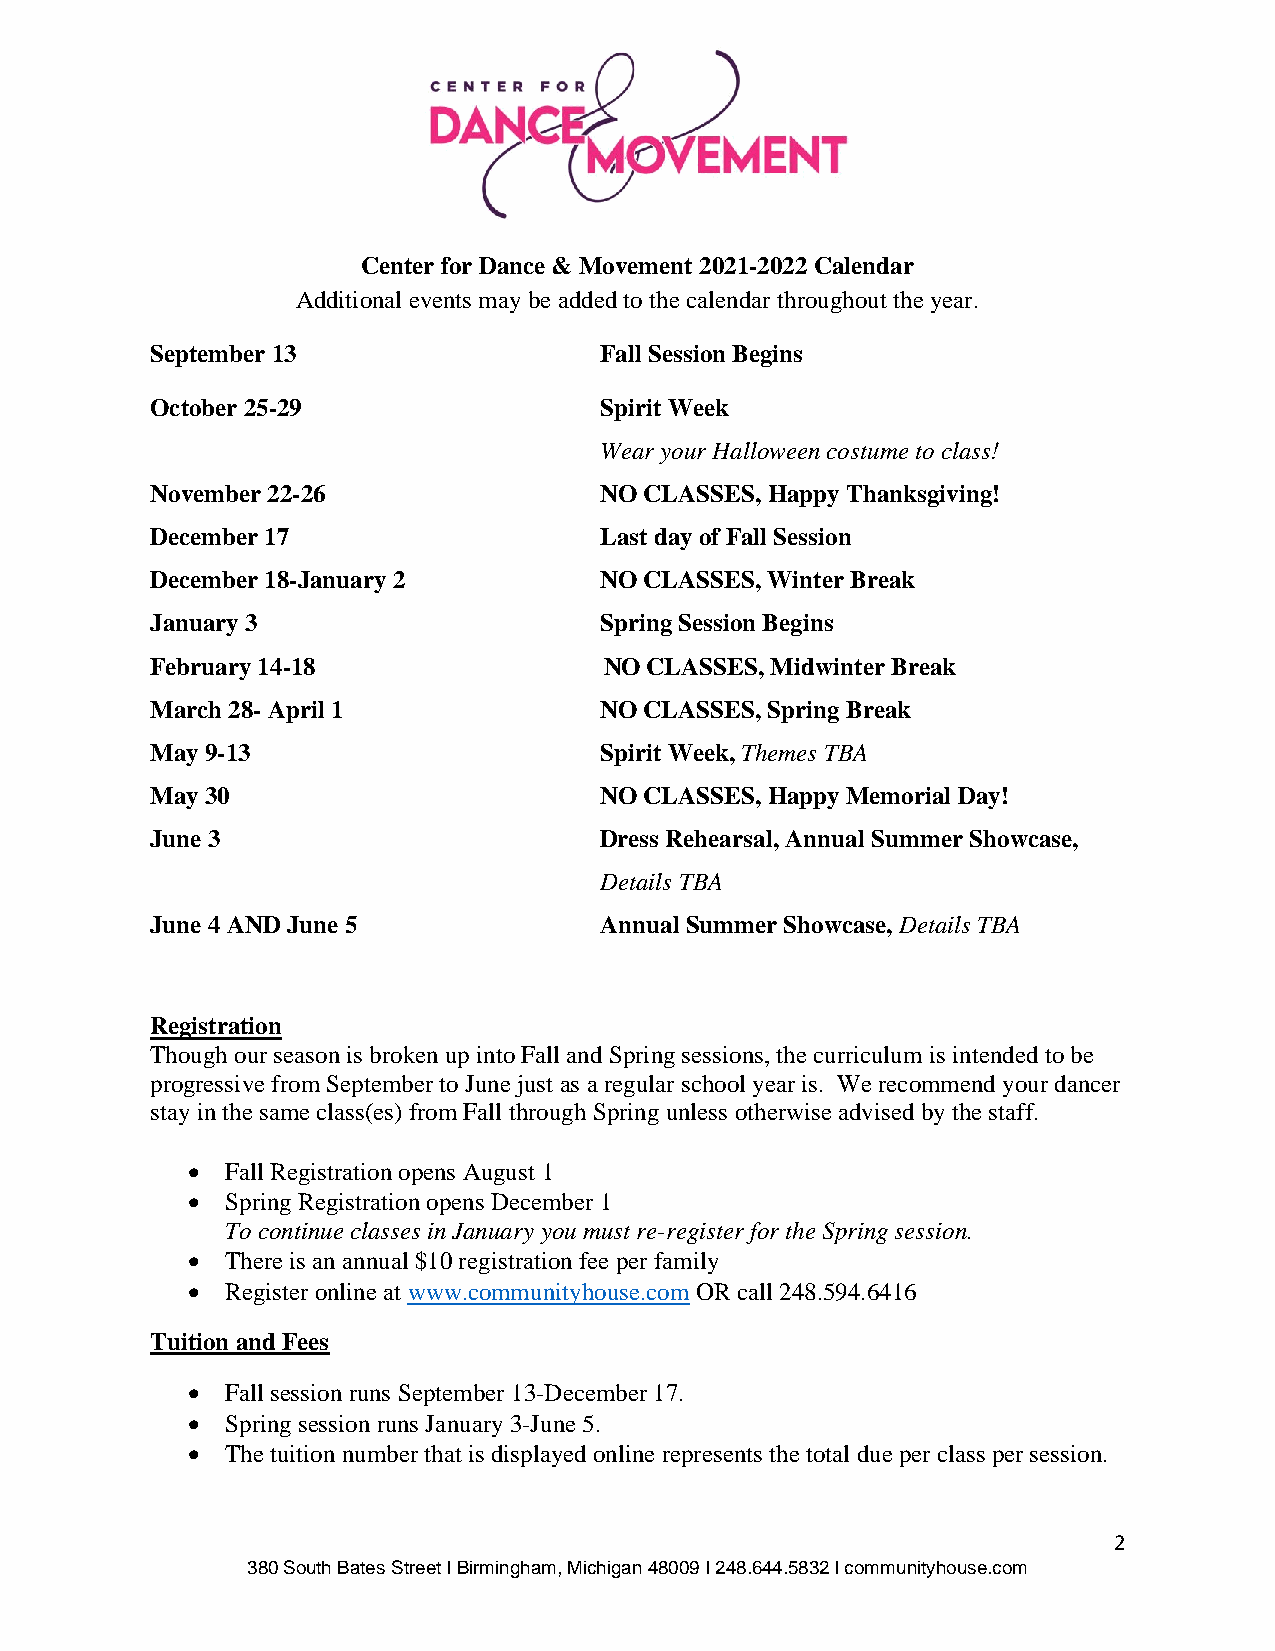
Center for Dance & Movement 2021-2022 Calendar
 Additional events may be added to the calendar throughout the year.
 September 13                  Fall Session Begins
 October 25-29                 Spirit Week
 Wear your Halloween costume to class!
 November 22-26                NO CLASSES, Happy Thanksgiving!
 December 17                   Last day of Fall Session
 December 18-January 2         NO CLASSES, Winter Break
 January 3                     Spring Session Begins
 February 14-18                NO CLASSES, Midwinter Break
 March 28- April 1             NO CLASSES, Spring Break
 May 9-13                      Spirit Week, Themes TBA
 May 30                        NO CLASSES, Happy Memorial Day!
 June 3                        Dress Rehearsal, Annual Summer Showcase,
 Details TBA
 June 4 AND June 5             Annual Summer Showcase, Details TBA
 Registration
 Though our season is broken up into Fall and Spring sessions, the curriculum is intended to be
 progressive from September to June just as a regular school year is. We recommend your dancer
 stay in the same class(es) from Fall through Spring unless otherwise advised by the staff.
 •  Fall Registration opens August 1
 •  Spring Registration opens December 1
 To continue classes in January you must re-register for the Spring session.
 •  There is an annual $10 registration fee per family
 •  Register online at www.communityhouse.com OR call 248.594.6416
 Tuition and Fees
 •  Fall session runs September 13-December 17.
 •  Spring session runs January 3-June 5.
 •  The tuition number that is displayed online represents the total due per class per session.
 2
 380 South Bates Street I Birmingham, Michigan 48009 I 248.644.5832 I communityhouse.com